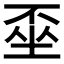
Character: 𡍂